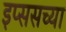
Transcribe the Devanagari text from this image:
इप्ससच्या